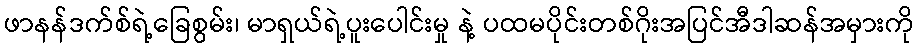
ဖာနန်ဒက်စ်ရဲ့ခြေစွမ်း၊ မာရှယ်ရဲ့ပူးပေါင်းမှု နဲ့ ပထမပိုင်းတစ်ဂိုးအပြင်အီဒါဆန်အမှားကို